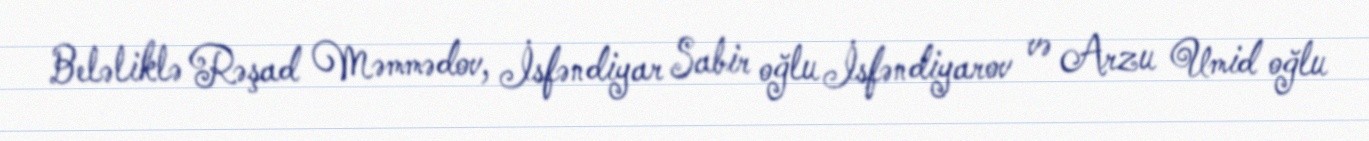
Beləliklə Rəşad Məmmədov, İsfəndiyar Sabir oğlu İsfəndiyarov və Arzu Umid oğlu